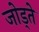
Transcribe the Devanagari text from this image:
जोड्ते